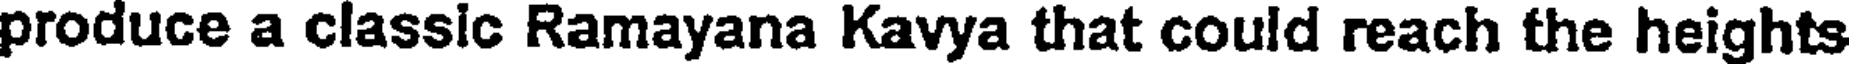
produce a classic Ramayana Kavya that could reach the heights